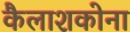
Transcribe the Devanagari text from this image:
कैलाशकोना